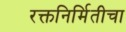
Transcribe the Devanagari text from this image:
रक्तनिर्मितीचा